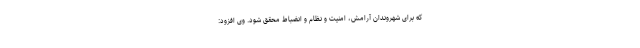
که برای شهروندان آرامش، امنیت و نظام و انضباط محقق شود. وی افزود: